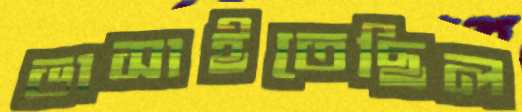
ভাসাইতেছিল